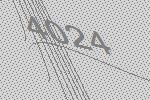
4024